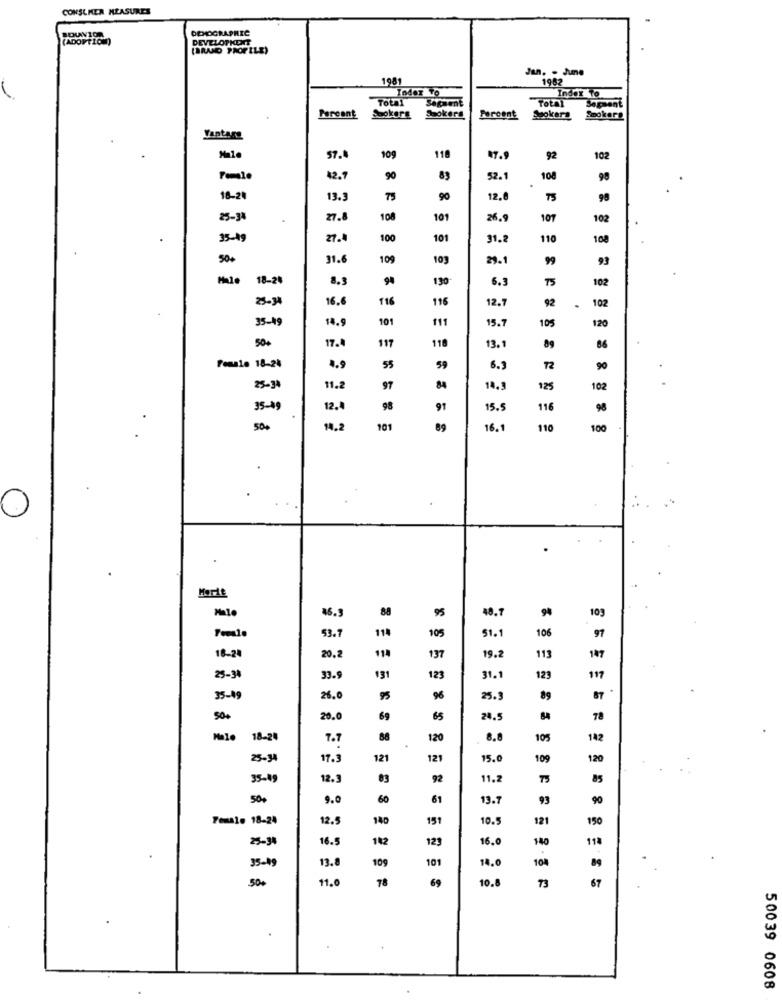
CONSUMER MEASURES
BOUNIOR
DEMOGRAPHIC
(ADOPTION)
DEVELOPKENT
(BRAND PROP ILE)
Jun. . June
1981
1982
Index To
Total
Sagaent
Total
Index To
Sagaont
Percent
Saokers
Percent
Sokara Smokers
57.4
109
118
92
102
Female
42.7
90
83
52.1
108
98
18-24
13.3
75
90
12.6
98
25-34
27.8
108
101
26.9
107
102
35-49
27.
100
101
31.
110
108
50+
31.6
109
103
2.
99
93
Male
18-24
8.3
130
6.3
75
102
25-34
16.6
116
196
12.7
92
102
35-49
14.9
101
111
15.7
10%
120
50+
17.4
117
118
13.
89
86
Female 18-24
4.9
55
59
6.3
72
90
25-3
11.
97
84
14.5
125
102
35-09
12.
91
15.5
116
98
504
14.2
101
89
16.1
110
100
.
Marie
Male
16.9
88
94
103
95
48.
114
106
53.7
105
51.1
97
114
113
18-24
20.2
137
19.2
187
25-38
33.
131
123
31.1
123
117
35-19
26.0
95
96
25.3
89
87
50.
20.0
69
65
24.5
78
18-24
7.7
88
120
8.8
105
142
25-34
17.3
121
121
15.0
109
120
35-19
12.3
92
11.2
TS
85
500
9.0
60
61
13.7
93
90
Female 18-24
12.5
140
151
10.5
121
150
25-34
16.5
142
123
16.0
140
113
35-19
13.
109
101
14.0
104
89
500
11.0
78
69
10.8
73
67
50039 0608